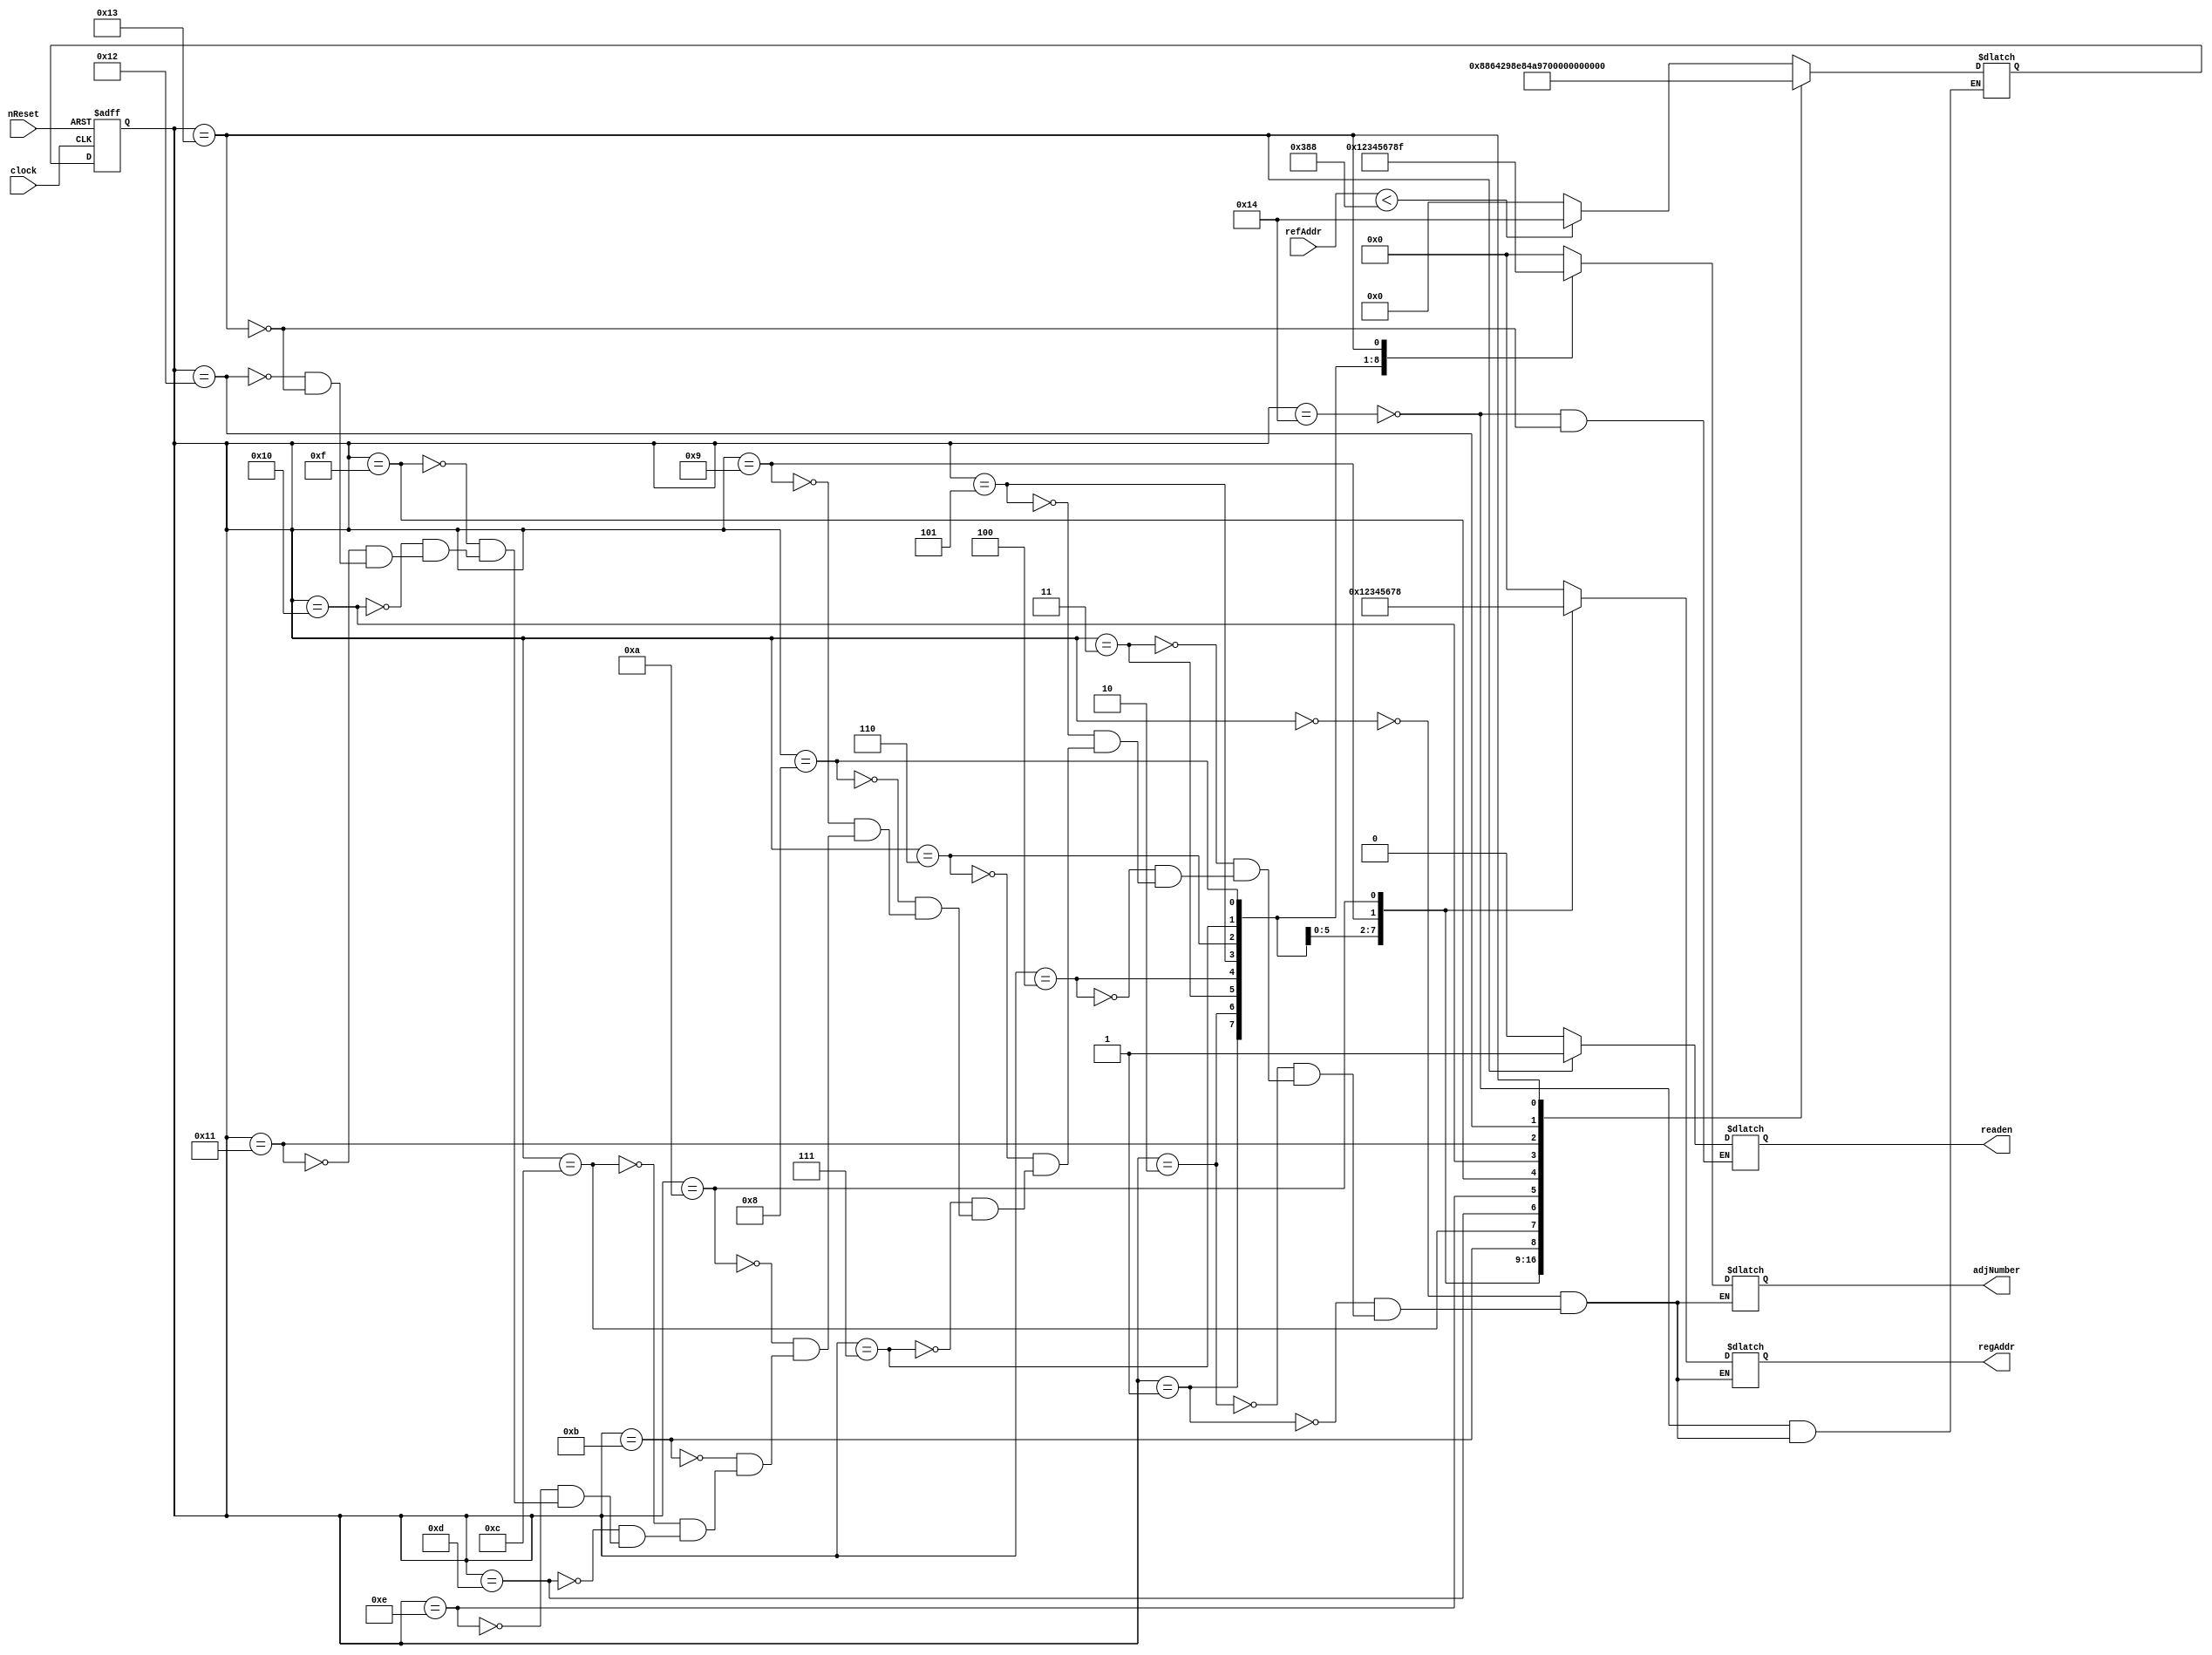
// This program was cloned from: https://github.com/ISKU/FAST9-Accelerator
// License: MIT License

`define INIT 5'd20
`define S0 5'd0
`define S1 5'd1
`define S2 5'd2
`define S3 5'd3
`define S4 5'd4
`define S5 5'd5
`define S6 5'd6
`define S7 5'd7
`define S8 5'd8
`define S9 5'd9
`define S10 5'd10
`define S11 5'd11
`define S12 5'd12
`define S13 5'd13
`define S14 5'd14
`define S15 5'd15
`define S16 5'd16
`define S17 5'd17
`define S18 5'd18
`define S19 5'd19

module NMS_Controller (clock, nReset, refAddr, adjNumber, regAddr, readen);
	input clock;
	input nReset;
	input [14:0] refAddr; //  
	output [3:0] adjNumber; //  8  
	output [3:0] regAddr; //  
	output readen; // datapath   
	
	reg [3:0] adjNumber; // 8  Index
	reg [3:0] regAddr; //  
	reg readen; // Datapath     enable 
	
	reg [4:0] curState, nextState; //  
	
	//       
	always @(posedge clock or negedge nReset) begin
		if (!nReset)
			curState <= `INIT;
		else
			curState <= nextState;
	end
	
	// FSM
	always @(curState or refAddr) begin
		casex (curState)
			`INIT: begin
				if (refAddr < 15'd904) begin
					nextState = `INIT;
					readen = 1'b0;
				end
				else begin
					nextState = `S0;
					readen = 1'b0;
				end
			end
		
			`S0: begin
				nextState = `S1;
				adjNumber = `S0;
				regAddr = 4'bx;
			end
			
			`S1: begin
				nextState = `S2;
				adjNumber = `S1;
				regAddr = 4'bx;
			end
			
			`S2: begin
				nextState = `S3;
				adjNumber = `S2;
				regAddr = `S0;
			end
			
			`S3: begin
				nextState = `S4;
				adjNumber = `S3;
				regAddr = `S1;
			end
			
			`S4: begin
				nextState = `S5;
				adjNumber = `S4;				
				regAddr = `S2;
			end
			
			`S5: begin
				nextState = `S6;
				adjNumber = `S5;
				regAddr = `S3;
			end
			
			`S6: begin
				nextState = `S7;
				adjNumber = `S6;
				regAddr = `S4;
			end
			
			`S7: begin
				nextState = `S8;
				adjNumber = `S7;
				regAddr = `S5;
			end
			
			`S8: begin
				nextState = `S9;
				adjNumber = `S8;
				regAddr = `S6;
			end
			
			`S9: begin
				nextState = `S10;
				adjNumber = 4'bx;
				regAddr = `S7;
			end
			
			`S10: begin
				nextState = `S11;
				adjNumber = 4'bx;
				regAddr = `S8;
			end
			
			`S11: begin
				nextState = `S12;
				adjNumber = 4'bx;
				regAddr = 4'bx;
			end
			
			`S12: begin
				nextState = `S13;
				adjNumber = 4'bx;
				regAddr = 4'bx;
			end
			
			`S13: begin
				nextState = `S14;
				adjNumber = 4'bx;
				regAddr = 4'bx;
			end
			
			`S14: begin
				nextState = `S15;
				adjNumber = 4'bx;
				regAddr = 4'bx;
			end
			
			`S15: begin
				nextState = `S16;
				adjNumber = 4'bx;
				regAddr = 4'bx;
			end
			
			`S16: begin
				nextState = `S17;
				adjNumber = 4'bx;
				regAddr = 4'bx;
			end
			
			`S17: begin
				nextState = `S18;
				adjNumber = 4'bx;
				regAddr = 4'bx;
			end
			
			`S18: begin
				nextState = `S19;
				adjNumber = 4'bx;
				regAddr = 4'bx;
			end
			
			`S19: begin
				nextState = `INIT;
				adjNumber = 4'd15;
				regAddr = 4'bx;
				readen = 1'b1;
			end
		endcase
	end
endmodule